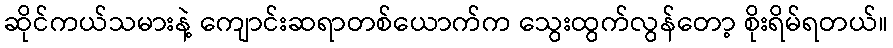
ဆိုင်ကယ်သမားနဲ့ ကျောင်းဆရာတစ်ယောက်က သွေးထွက်လွန်တော့ စိုးရိမ်ရတယ်။